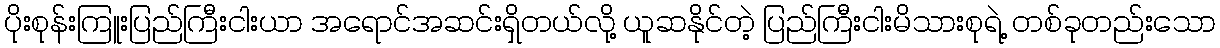
ပိုးစုန်းကြူးပြည်ကြီးငါးယာ အရောင်အဆင်းရှိတယ်လို့ ယူဆနိုင်တဲ့ ပြည်ကြီးငါးမိသားစုရဲ့ တစ်ခုတည်းသော